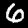
Label: 6